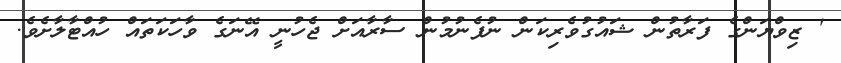
' ޒިވްޔަންގެ ފަރާތުން ޝައުގުވެރިކަން ނުފެނުމުން ސާރާއަށް ޖެހުނީ އޭނަގެ ވާހަކަތައް ހުއްޓާލާށެވެ.